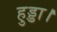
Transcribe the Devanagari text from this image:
हुड्डा।